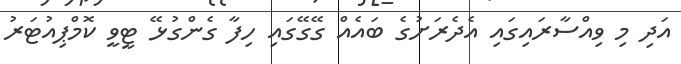
އަދި މި ވިއްސާރައިގައި އެދެރަށުގެ ބައެއް ގޭގޭގައި ހިފާ ގެންގުޅޭ ޓީވީ ކޮމްޕިއުޓަރު